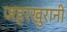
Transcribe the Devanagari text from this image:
जहरखुरानी